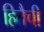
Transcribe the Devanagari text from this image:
हितैची